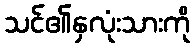
သင်၏နှလုံးသားကို